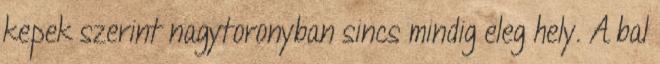
kepek szerint nagytoronyban sincs mindig eleg hely. A bal